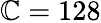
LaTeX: \mathbb{C}=128